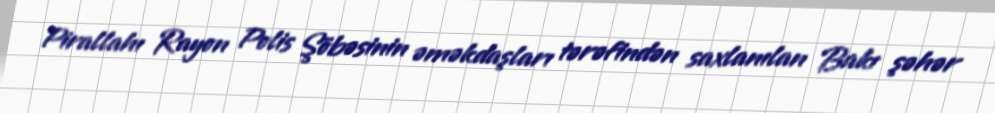
Pirallahı Rayon Polis Şöbəsinin əməkdaşları tərəfindən saxlanılan Bakı şəhər